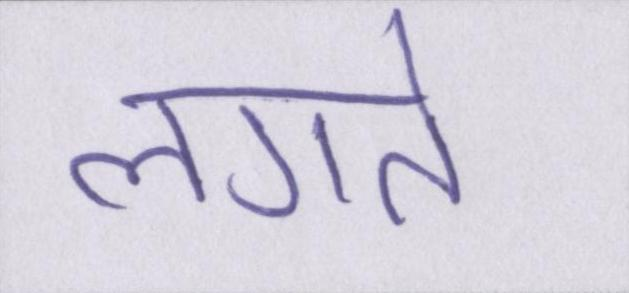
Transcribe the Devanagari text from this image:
लगते